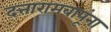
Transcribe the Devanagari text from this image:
दत्तारामबापूंना